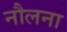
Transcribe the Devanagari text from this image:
नौलना